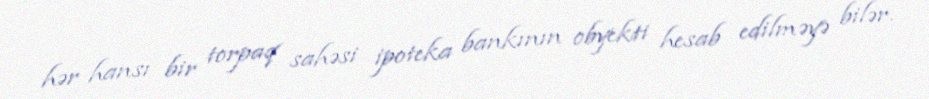
hər hansı bir torpaq sahəsi ipoteka bankının obyekti hesab edilməyə bilər.